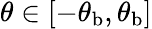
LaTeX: \theta\in[-\theta_{\mathrm{{b}}},\theta_{\mathrm{{b}}}]